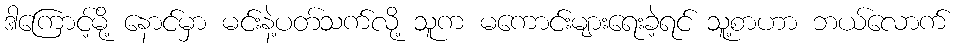
ဒါကြောင့်မို့ နောင်မှာ မင်းနဲ့ပတ်သက်လို့ သူက မကောင်းများရေးခဲ့ရင် သူ့စာဟာ ဘယ်လောက်